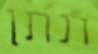
ונתן